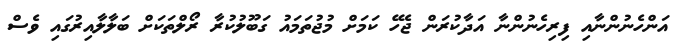
އަންހެނުންނާއި ފިރިހެނުންނާ އަދާކުރަން ޖެހޭ ކަމަށް މުޖުތަމައު ގަބޫލުކުރާ ރޯލްތަކަށް ބަލާލާއިރުގައި ވެސް